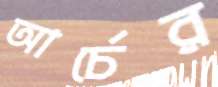
আর্চের